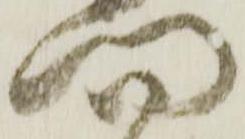
門